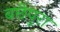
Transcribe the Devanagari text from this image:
बछेपुरा